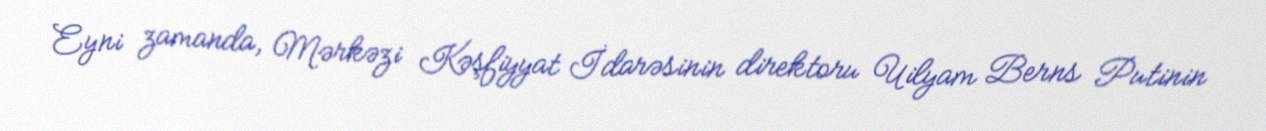
Eyni zamanda, Mərkəzi Kəşfiyyat İdarəsinin direktoru Uilyam Berns Putinin